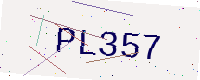
Text: PL357